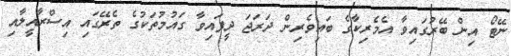
ނޭޓޯ އިން ބޭރުގައިވާ އެމެރިކާގެ ބައިވެރިން ދަރަޖަ ދީފައިވާ ގައުމުތަކުގެ ތެރޭގައި އިސްރާއީލާއި